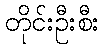
တိုင်းဦးစီး